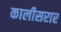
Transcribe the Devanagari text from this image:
कालीसरार